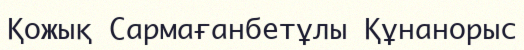
Қожық Сармағанбетұлы Құнанорыс